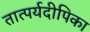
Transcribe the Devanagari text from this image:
तात्पर्यदीपिका